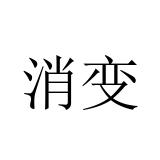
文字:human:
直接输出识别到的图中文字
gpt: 消变